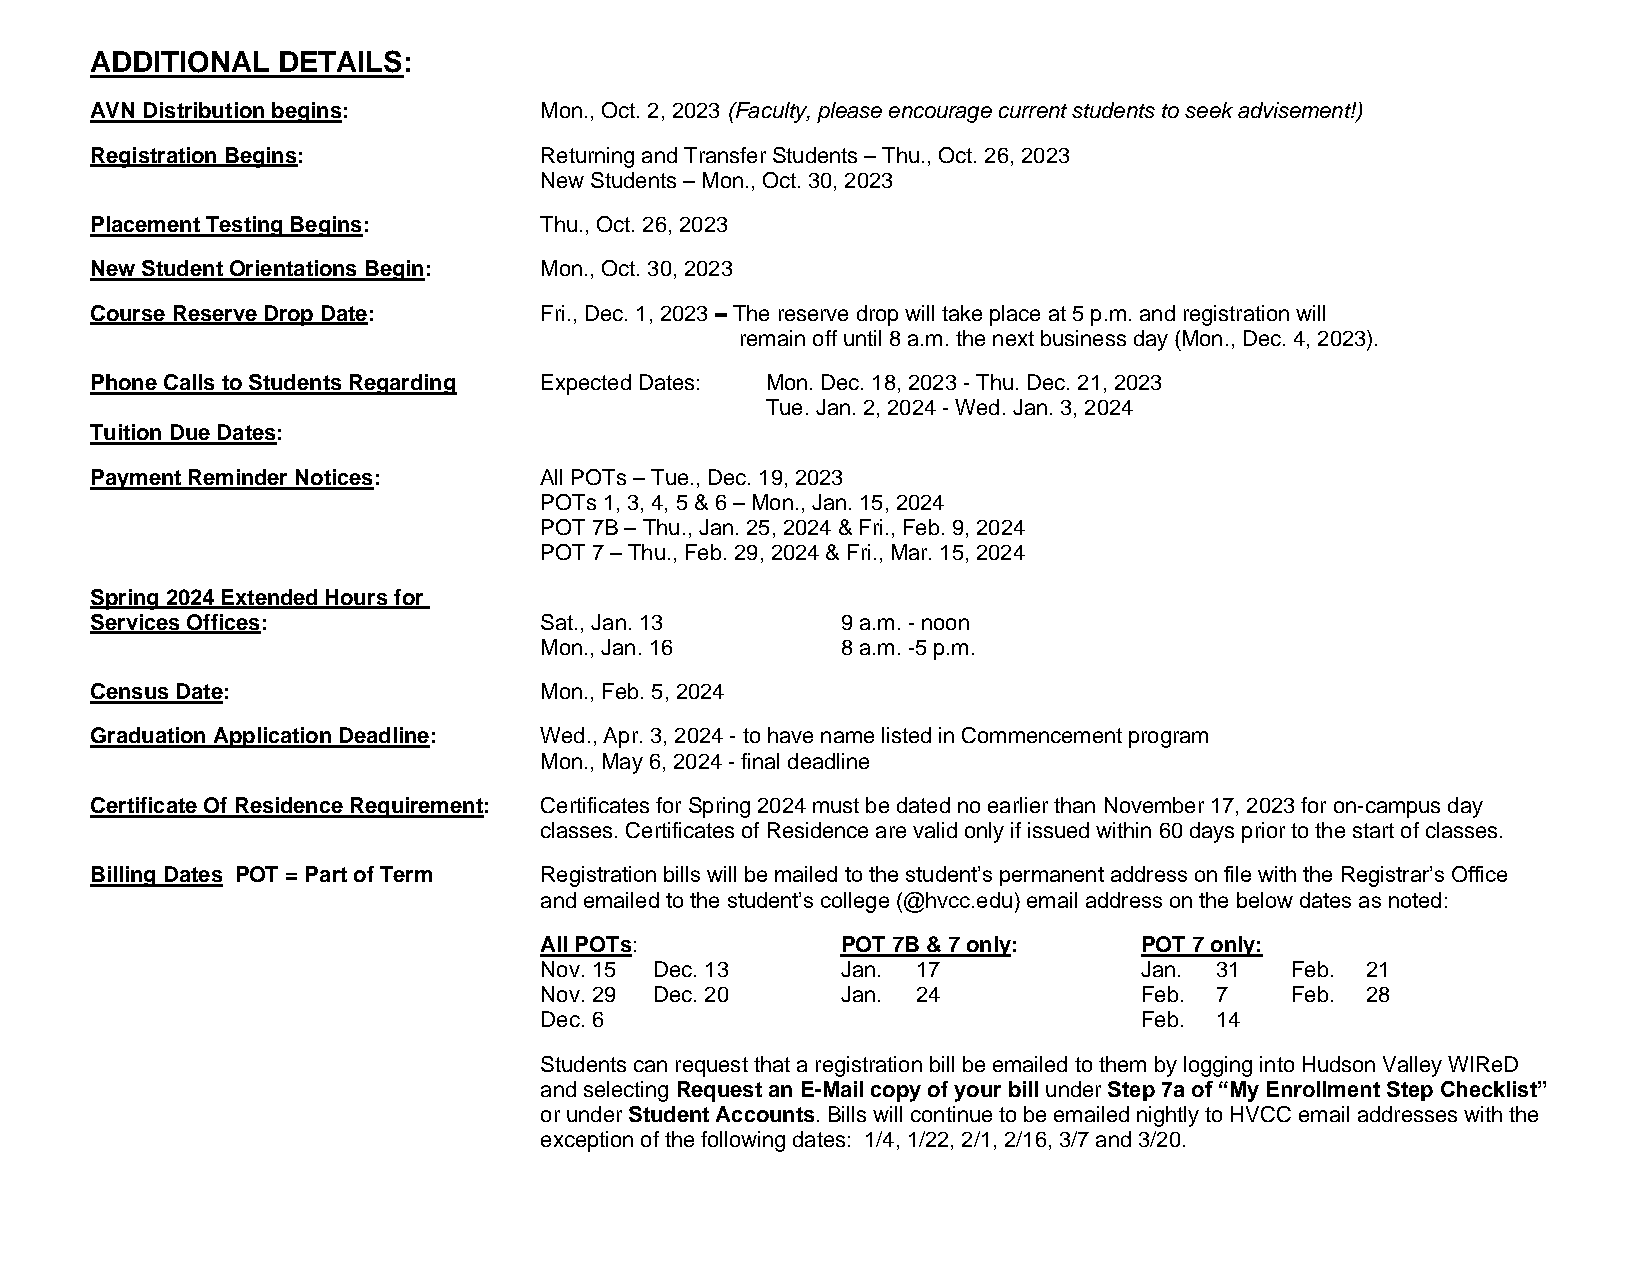
ADDITIONAL  DETAILS:
 AVN Distribution begins:      Mon., Oct. 2, 2023 (Faculty, please encourage current students to seek advisement!)
 Registration Begins:          Returning and Transfer Students – Thu., Oct. 26, 2023
 New Students – Mon., Oct. 30, 2023
 Placement Testing Begins:     Thu., Oct. 26, 2023
 New Student Orientations Begin: Mon., Oct. 30, 2023
 Course Reserve Drop Date:     Fri., Dec. 1, 2023 – The reserve drop will take place at 5 p.m. and registration will
 remain off until 8 a.m. the next business day (Mon., Dec. 4, 2023).
 Phone Calls to Students Regarding Expected Dates: Mon. Dec. 18, 2023 - Thu. Dec. 21, 2023
 Tue. Jan. 2, 2024 - Wed. Jan. 3, 2024
 Tuition Due Dates:
 Payment Reminder Notices:     All POTs – Tue., Dec. 19, 2023
 POTs 1, 3, 4, 5 & 6 – Mon., Jan. 15, 2024
 POT 7B – Thu., Jan. 25, 2024 & Fri., Feb. 9, 2024
 POT 7 – Thu., Feb. 29, 2024 & Fri., Mar. 15, 2024
 Spring 2024 Extended Hours for
 Services Offices:             Sat., Jan. 13       9 a.m. - noon
 Mon., Jan. 16       8 a.m. -5 p.m.
 Census Date:                  Mon., Feb. 5, 2024
 Graduation Application Deadline: Wed., Apr. 3, 2024 - to have name listed in Commencement program
 Mon., May 6, 2024 - final deadline
 Certificate Of Residence Requirement: Certificates for Spring 2024 must be dated no earlier than November 17, 2023 for on-campus day
 classes. Certificates of Residence are valid only if issued within 60 days prior to the start of classes.
 Billing Dates POT = Part of Term Registration bills will be mailed to the student’s permanent address on file with the Registrar’s Office
 and emailed to the student’s college (@hvcc.edu) email address on the below dates as noted:
 All POTs:           POT 7B & 7 only:   POT 7 only:
 Nov. 15 Dec. 13     Jan. 17            Jan. 31   Feb. 21
 Nov. 29 Dec. 20     Jan. 24            Feb. 7    Feb. 28
 Dec. 6                                 Feb. 14
 Students can request that a registration bill be emailed to them by logging into Hudson Valley WIReD
 and selecting Request an E-Mail copy of your bill under Step 7a of “My Enrollment Step Checklist”
 or under Student Accounts. Bills will continue to be emailed nightly to HVCC email addresses with the
 exception of the following dates: 1/4, 1/22, 2/1, 2/16, 3/7 and 3/20.